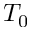
T _ { 0 }